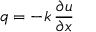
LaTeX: q = - k \, { \frac { \partial u } { \partial x } }